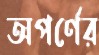
অপর্ণের